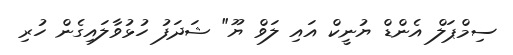
ސިމްޕަލް އެންޑް ޔުނީކް އައި ލަވް ޔޫ" ޝަދަފު ހުޅުވާލައިގެން ހުރި